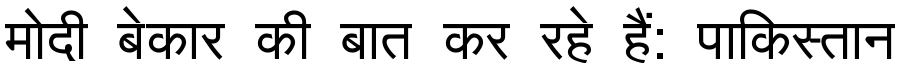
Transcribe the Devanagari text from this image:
मोदी बेकार की बात कर रहे हैं: पाकिस्तान